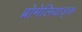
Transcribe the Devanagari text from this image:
ब्रोमेलियाड्स